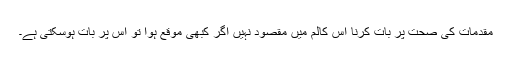
مقدمات کی صحت پر بات کرنا اس کالم میں مقصود نہیں اگر کبھی موقع ہوا تو اس پر بات ہوسکتی ہے۔